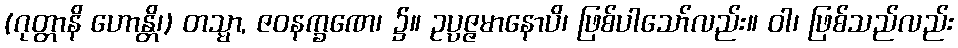
(ဂုတ္တာနိ ဟောန္တိ၊) တသ္မာ, ဇဝနက္ခဏေ၊ ၌။ ဥပ္ပဇ္ဇမာနောပိ၊ ဖြစ်ပါသော်လည်း။ ဝါ၊ ဖြစ်သည်လည်း